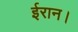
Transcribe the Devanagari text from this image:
ईरान।